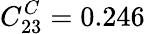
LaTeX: C_{23}^{C}=0.246